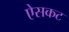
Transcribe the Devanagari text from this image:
ऐसकट